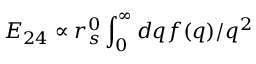
E _ { 2 4 } \propto r _ { s } ^ { 0 } \int _ { 0 } ^ { \infty } d q f ( q ) / q ^ { 2 }